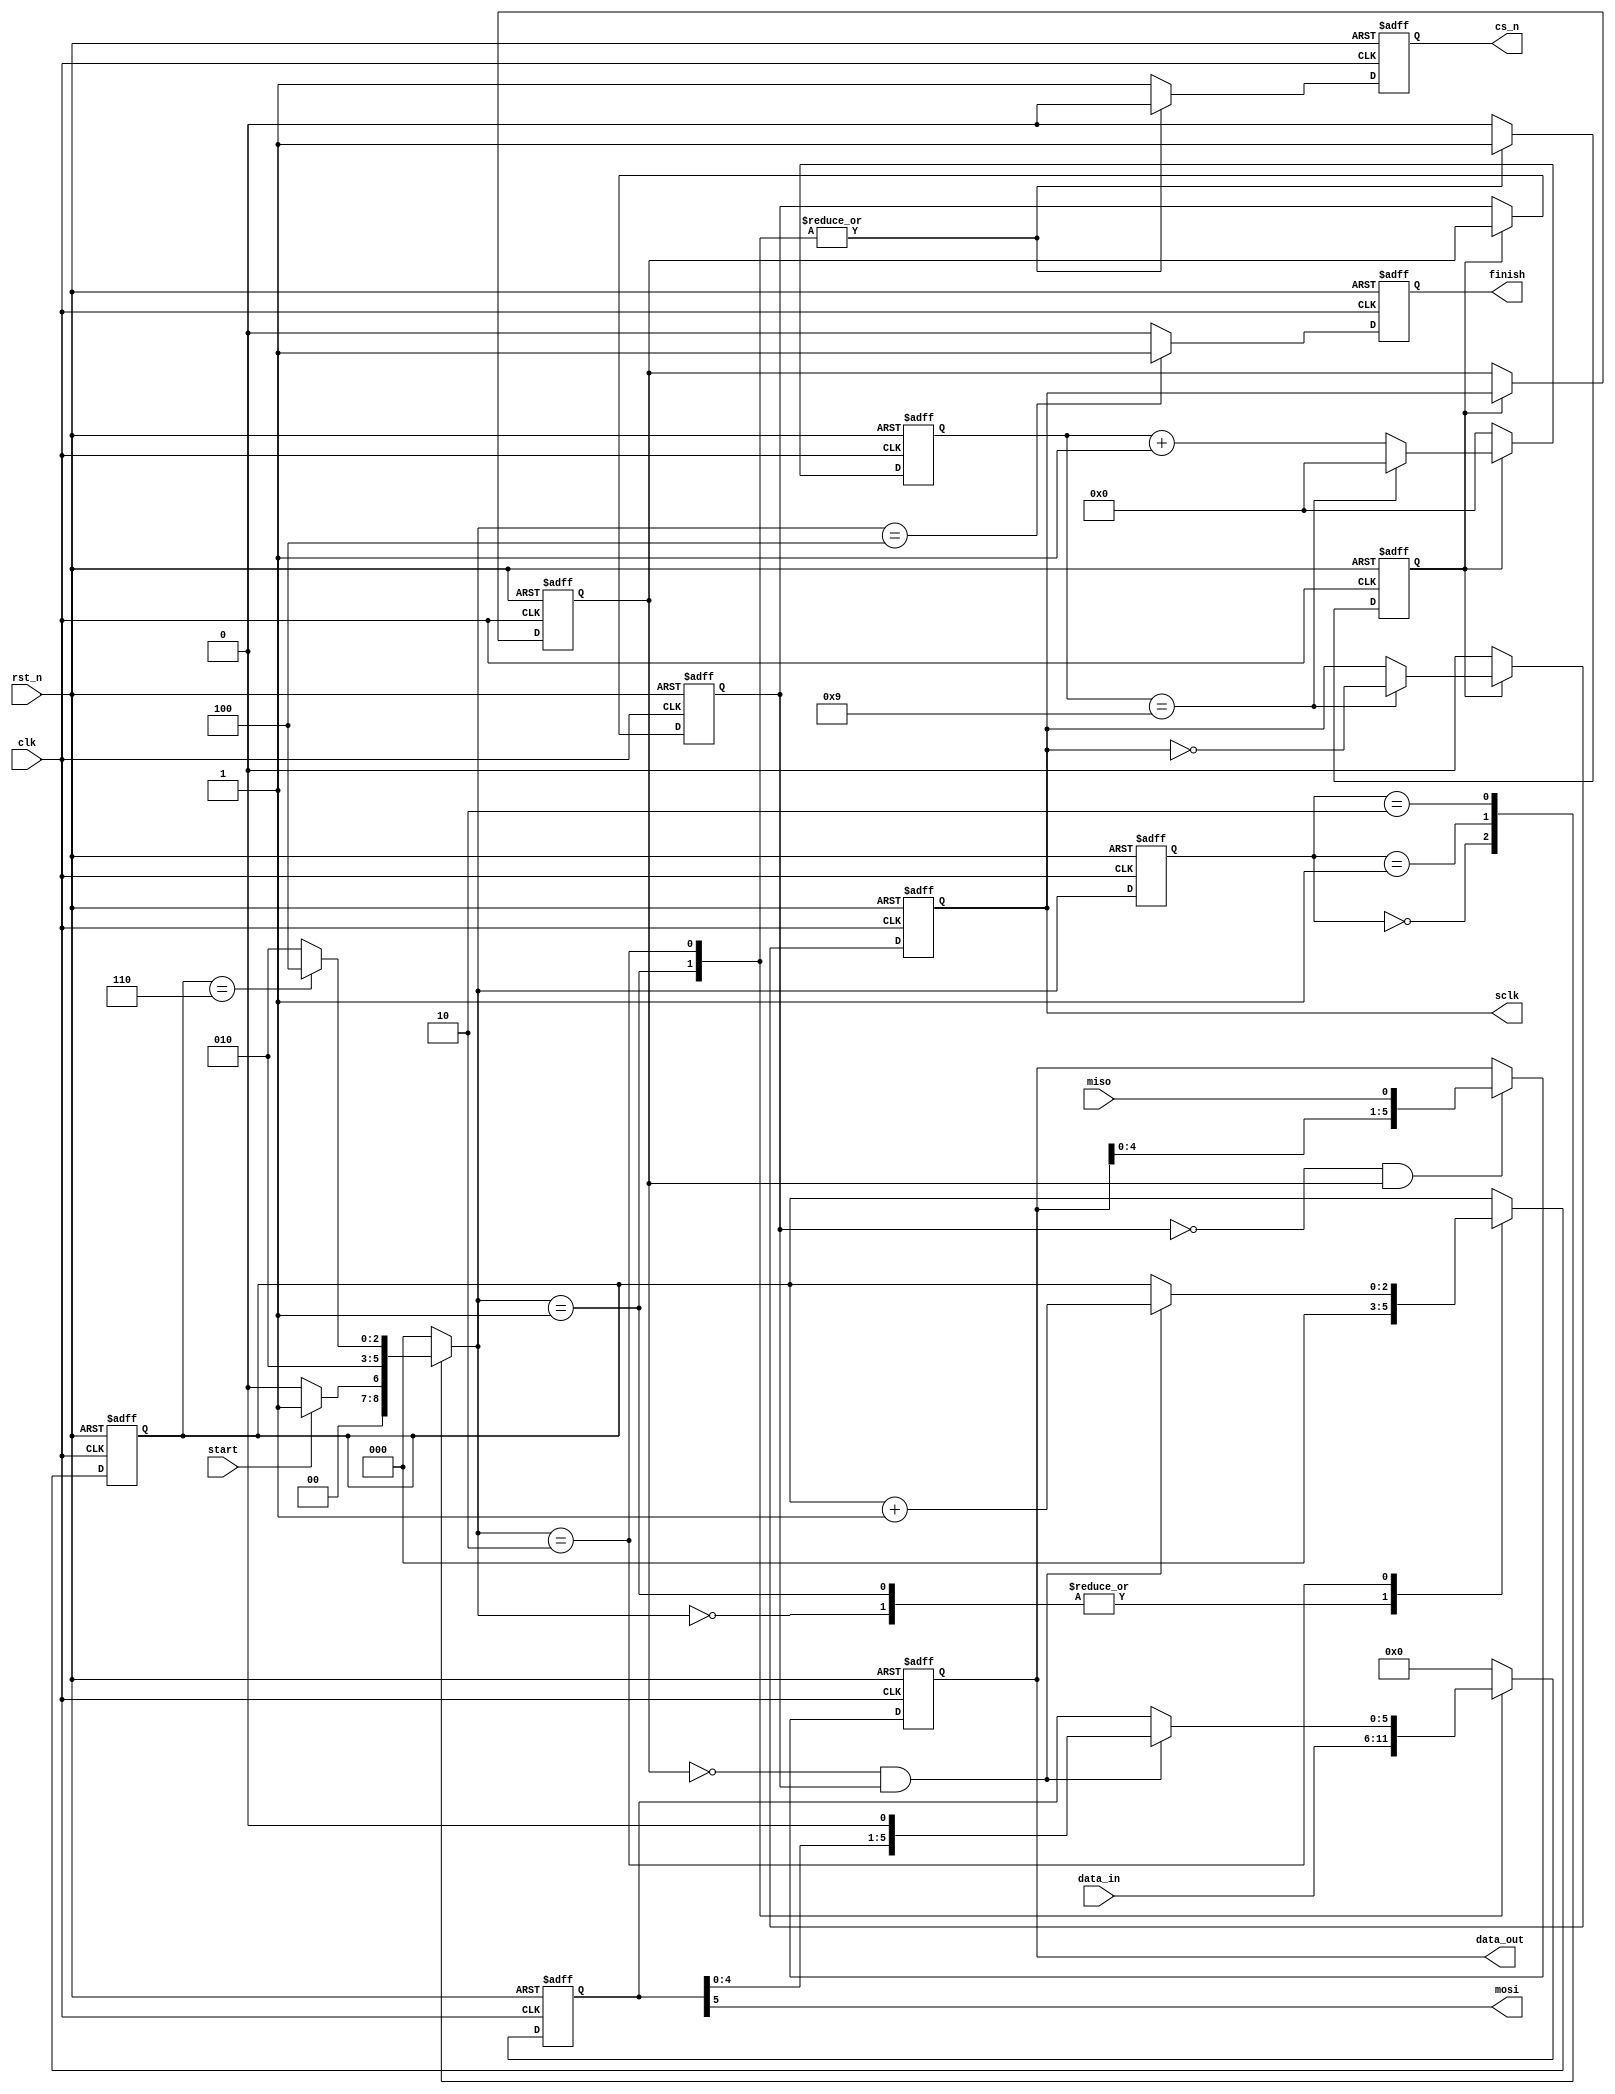
`timescale 1ns / 1ps
//////////////////////////////////////////////////////////////////////////////////
// Company: 
// Engineer: 
// 
// Design Name: 
// Module Name: loopback
// Project Name: 
// Target Devices: 
// Tool Versions: 
// Description: 
// 
// Dependencies: 
// 
// Revision:
// Revision 0.01 - File Created
// Additional Comments:
// 
//////////////////////////////////////////////////////////////////////////////////

module spi_master
#(
	parameter	CLK_FREQUENCE	= 50_000_000		,	//system clk frequence
				SPI_FREQUENCE	= 5_000_000			,	//spi clk frequence
				DATA_WIDTH		= 6				,	//serial word length
				CPOL			= 0					,	//SPI mode selection (mode 0 default)
				CPHA			= 0					 	//CPOL = clock polarity, CPHA = clock phase
)
(
	input								clk			,	//system clk
	input								rst_n		,	//system reset
	input		[DATA_WIDTH-1:0]		data_in		,	//the data sent by mosi
	input								start		,	//a pluse to start the SPI transmission
	input								miso		,	//spi bus miso input
	output	reg							sclk		,	//spi bus sclk
	output	reg							cs_n		,	//spi bus slave select line
	output								mosi		,	//spi bus mosi output
	output	reg							finish		,	//a pluse to indicate the SPI transmission finish and the data_out valid
	output	reg [DATA_WIDTH-1:0]		data_out	 	//the data received by miso,valid when the finish is high
);

localparam	FREQUENCE_CNT	= CLK_FREQUENCE/SPI_FREQUENCE - 1	,
			SHIFT_WIDTH		= log2(DATA_WIDTH)					,
			CNT_WIDTH		= log2(FREQUENCE_CNT)				;

localparam	IDLE	=	3'b000	,
			LOAD	=	3'b001	,
			SHIFT	=	3'b010	,
			DONE	=	3'b100	;

reg		[2:0]				cstate		;	//FSM current state
reg		[2:0]				nstate		;	//FSM next state
reg							clk_cnt_en	;	//start clk_cnt to generate sclk
reg							sclk_a		;	//sclk register to capture the edge of sclk
reg							sclk_b		;	//sclk register to capture the edge of sclk
wire						sclk_posedge;	//posedge of sclk
wire						sclk_negedge;	//negedge of sclk
wire						shift_en	;	//the signal to enable shift register to generate mosi
wire						sampl_en	;	//the signal to sample the data from miso
reg		[CNT_WIDTH-1:0]		clk_cnt		;	//the counter to generate sclk
reg		[SHIFT_WIDTH-1:0]	shift_cnt	;	//the counter to count the number of shifts
reg		[DATA_WIDTH-1:0]	data_reg	;	//the register to latch the data_in,also the shift register
//the counter to generate the sclk
always @(posedge clk or negedge rst_n) begin
	if (!rst_n) 
		clk_cnt <= 'd0;
	else if (clk_cnt_en) 
		if (clk_cnt == FREQUENCE_CNT) 
			clk_cnt <= 'd0;
		else
			clk_cnt <= clk_cnt + 1'b1;
	else
		clk_cnt <= 'd0;
end
//generate the sclk
always @(posedge clk or negedge rst_n) begin
	if (!rst_n) 
		sclk <= CPOL;
	else if (clk_cnt_en) 
		if (clk_cnt == FREQUENCE_CNT)  	
			sclk <= ~sclk; 
		else 
			sclk <= sclk;
	else
		sclk <= CPOL;
end
//------------------------------------------
//to capture the edge of sclk
always @(posedge clk or negedge rst_n) begin
	if (!rst_n) begin
		sclk_a <= CPOL;
		sclk_b <= CPOL;
	end else if (clk_cnt_en) begin
		sclk_a <= sclk;
		sclk_b <= sclk_a;
	end
end

assign sclk_posedge = ~sclk_b & sclk_a;
assign sclk_negedge = ~sclk_a & sclk_b;
//----------------------------------------
//==============================================
//==============GENERATE BLOCKS=================
generate
	case (CPHA)
		0: assign sampl_en = sclk_posedge;
		1: assign sampl_en = sclk_negedge;
		default: assign sampl_en = sclk_posedge;
	endcase
endgenerate

generate
 	case (CPHA)
		0: assign shift_en = sclk_negedge;
 		1: assign shift_en = sclk_posedge;
		default: assign shift_en = sclk_posedge;
	endcase
endgenerate
//=============================================
//FSM-1
always @(posedge clk or negedge rst_n) begin
	if (!rst_n) 
		cstate <= IDLE;
	else 
		cstate <= nstate;
end
//FSM-2
always @(*) begin
	case (cstate)
		IDLE	: nstate = start ? LOAD : IDLE;
		LOAD	: nstate = SHIFT;
		SHIFT	: nstate = (shift_cnt == DATA_WIDTH) ? DONE : SHIFT;
		DONE	: nstate = IDLE;
		default: nstate = IDLE;
	endcase
end
//FSM-3
always @(posedge clk or negedge rst_n) begin
	if (!rst_n) begin
		clk_cnt_en	<= 1'b0	;
		data_reg	<= 'd0	;
		cs_n		<= 1'b1	;
		shift_cnt	<= 'd0	;
		finish <= 1'b0	;
	end else begin
		case (nstate)
			IDLE	: begin
				clk_cnt_en	<= 1'b0	;
				data_reg	<= 'd0	;
				cs_n		<= 1'b1	;
				shift_cnt	<= 'd0	;
				finish 		<= 1'b0	;
			end
			LOAD	: begin
				clk_cnt_en	<= 1'b1		;
				data_reg	<= data_in	;
				cs_n		<= 1'b0		;
				shift_cnt	<= 'd0		;
				finish 		<= 1'b0		;
			end
			SHIFT	: begin
				if (shift_en) begin
					shift_cnt	<= shift_cnt + 1'b1 ;
					data_reg	<= {data_reg[DATA_WIDTH-2:0],1'b0};
				end else begin
					shift_cnt	<= shift_cnt	;
					data_reg	<= data_reg		;
				end
				clk_cnt_en	<= 1'b1	;
				cs_n		<= 1'b0	;
				finish 		<= 1'b0	;
			end
			DONE	: begin
				clk_cnt_en	<= 1'b0	;
				data_reg	<= 'd0	;
				cs_n		<= 1'b1	;
				data_reg	<= 'd0	;
				finish 		<= 1'b1	;
			end
			default	: begin
				clk_cnt_en	<= 1'b0	;
				data_reg	<= 'd0	;
				cs_n		<= 1'b1	;
				data_reg	<= 'd0	;
				finish 		<= 1'b0	;
			end
		endcase
	end
end
//mosi output MSB first
assign mosi = data_reg[DATA_WIDTH-1];
//sample data from the miso line
always @(posedge clk or negedge rst_n) begin
	if (!rst_n) 
		data_out <= 'd0;
	else if (sampl_en) 
		data_out <= {data_out[DATA_WIDTH-1:0],miso};
	else
		data_out <= data_out;
end
//the function to get the width of data 
function integer log2(input integer v);
  begin
	log2=0;
	while(v>>log2) 
	  log2=log2+1;
  end
endfunction

endmodule


module SPI_Slave
#(
	parameter	CLK_FREQUENCE	= 50_000_000		,	//system clk frequence
				SPI_FREQUENCE	= 5_000_000			,	//spi clk frequence
				DATA_WIDTH		= 6				,	//serial word length
				CPOL			= 1					,	//SPI mode selection (mode 0 default)
				CPHA			= 1					 	//CPOL = clock polarity, CPHA = clock phase
)
(
	input								clk			,	//system clk
	input								rst_n		,	//system reset
	input		[DATA_WIDTH-1:0]		data_in		,	//the data sent by miso
	input								sclk		,	//spi bus sclk
	input								cs_n		,	//spi bus slave select line
	input								mosi		,	//spi bus mosi input
	output								miso		,	//spi bus miso output
	output								data_valid	,	//the data received by mosi valid
	output	reg	[DATA_WIDTH-1:0]		data_out	 	//the data received by mosi,valid when data_valid is high
);

localparam	SFIFT_NUM = log2(DATA_WIDTH);

reg	[DATA_WIDTH-1:0]		data_reg	;	//the register to latch the data_in,also the shift register
reg	[ SFIFT_NUM-1:0]		sampl_num	;	//the counter to count the number of sample
reg							sclk_a		;	//sclk register to capture the edge of sclk
reg							sclk_b		;	//sclk register to capture the edge of sclk
wire						sclk_posedge;	//posedge of sclk
wire						sclk_negedge;	//negedge of sclk
reg							cs_n_a		;	//cs_n register to capture the edge of cs_n
reg							cs_n_b		;	//cs_n register to capture the edge of cs_n
wire						cs_n_negedge;	//negedge of cs_n to latch the data
wire						shift_en	;	//the signal to enable shift register to generate mosi
wire						sampl_en	;	//the signal to sample the data from miso

//to capture the edge of sclk
always @(posedge clk or negedge rst_n) begin
	if (!rst_n) begin
		sclk_a <= CPOL;
		sclk_b <= CPOL;
	end else if (!cs_n) begin
		sclk_a <= sclk;
		sclk_b <= sclk_a;
	end
end

assign sclk_posedge = ~sclk_b & sclk_a;
assign sclk_negedge = ~sclk_a & sclk_b;

//to capture the edge of sclk (it's cs_n)
always @(posedge clk or negedge rst_n) begin
	if (!rst_n) begin
		cs_n_a	<= 1'b1;
		cs_n_b	<= 1'b1;
	end else begin
		cs_n_a	<= cs_n		;
		cs_n_b	<= cs_n_a	;
	end
end

assign cs_n_negedge = ~cs_n_a & cs_n_b;

//==============GENERATE BLOCKS=================
generate
	case (CPHA)
		0: assign sampl_en = sclk_posedge;
		1: assign sampl_en = sclk_negedge;
		default: assign sampl_en = sclk_posedge;
	endcase
endgenerate

generate
 	case (CPHA)
		0: assign shift_en = sclk_negedge;
 		1: assign shift_en = sclk_posedge;
		default: assign shift_en = sclk_posedge;
	endcase
endgenerate

//the register to latch the data_in
//also the shift register to generate the miso
always @(posedge clk or negedge rst_n) begin
	if (!rst_n) 
		data_reg <= 'd0;
	else if(cs_n_negedge)
		data_reg <= data_in;
	else if (!cs_n & shift_en) 
		data_reg <= {data_reg[DATA_WIDTH-2:0],1'b0};
	else
		data_reg <= data_reg;
end
//miso output MSB first
assign miso = !cs_n ? data_reg[DATA_WIDTH-1] : 1'd0;

//sample data from the mosi line
always @(posedge clk or negedge rst_n) begin
	if (!rst_n) 
		data_out <= 'd0;
	else if (!cs_n & sampl_en) 
		data_out <= {data_out[DATA_WIDTH-2:0],mosi};
	else
		data_out <= data_out;
end
//the counter to count the number of sampled data bit
always @(posedge clk or negedge rst_n) begin
	if (!rst_n) 
		sampl_num <= 'd0;
	else if (cs_n)
		sampl_num <= 'd0;
	else if (!cs_n & sampl_en) 
		if (sampl_num == DATA_WIDTH)
			sampl_num <= 'd1;
		else
			sampl_num <= sampl_num + 1'b1;
	else
		sampl_num <= sampl_num;
end
//the received data valid
assign data_valid = sampl_num == DATA_WIDTH;
//the function to get the width of data 
function integer log2(input integer v);
  begin
	log2=0;
	while(v>>log2) 
	  log2=log2+1;
  end
endfunction

endmodule

module SPI_loopback
#(
	parameter	CLK_FREQUENCE	= 50_000_000		,	//system clk frequence
				SPI_FREQUENCE	= 5_000_000			,	//spi clk frequence
				DATA_WIDTH		= 6					,	//serial word length
				CPOL			= 0					,	//SPI mode selection (mode 0 default)
				CPHA			= 0					 	//CPOL = clock polarity, CPHA = clock phase
)
(
	input							clk			,
	input							rst_n		,
	input		[DATA_WIDTH-1:0]	data_m_in	,
	input		[DATA_WIDTH-1:0]	data_s_in	,
	input							start_m		,
	output							finish_m	,
	output		[DATA_WIDTH-1:0]	data_m_out	,
	output		[DATA_WIDTH-1:0]	data_s_out	,
	output							data_valid_s	 
);

wire				miso	;
wire				mosi	;
wire				cs_n	;
wire				sclk	;

spi_master 
#(
	.CLK_FREQUENCE (CLK_FREQUENCE ),
	.SPI_FREQUENCE (SPI_FREQUENCE ),
	.DATA_WIDTH    (DATA_WIDTH    ),
	.CPOL          (CPOL          ),
	.CPHA          (CPHA          ) 
)
u_spi_master(
	.clk      (clk      ),
	.rst_n    (rst_n    ),
	.data_in  (data_m_in  ),
	.start    (start_m    ),
	.miso     (miso     ),
	.sclk     (sclk     ),
	.cs_n     (cs_n     ),
	.mosi     (mosi     ),
	.finish   (finish_m   ),
	.data_out (data_m_out )
);

SPI_Slave 
#(
	.CLK_FREQUENCE (CLK_FREQUENCE ),
	.SPI_FREQUENCE (SPI_FREQUENCE ),
	.DATA_WIDTH    (DATA_WIDTH    ),
	.CPOL          (CPOL          ),
	.CPHA          (CPHA          ) 
)
u_SPI_Slave(
	.clk        (clk        ),
	.rst_n      (rst_n      ),
	.data_in    (data_s_in    ),
	.sclk       (sclk       ),
	.cs_n       (cs_n       ),
	.mosi       (mosi       ),
	.miso       (miso       ),
	.data_valid (data_valid_s ),
	.data_out   (data_s_out   )
);

endmodule